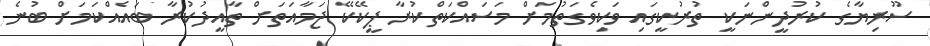
ސޫރިޔާގެ ކުރުދީންނަކީ ތުރުކީގައި ވަކިވެގަތުމަށް މަސައްކަތްކުރާ ޕީކޭކޭ ޖަމާއަތަށް ތާއީދުކުރާ ބައެއްކަމަށް ބުނެ